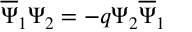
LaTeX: \overline { { { \Psi } } } _ { 1 } \Psi _ { 2 } = - q \Psi _ { 2 } \overline { { { \Psi } } } _ { 1 }